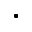
\bullet